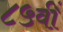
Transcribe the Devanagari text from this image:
८५वीं